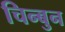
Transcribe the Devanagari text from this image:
चिन्बुन